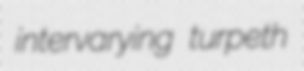
intervarying turpeth